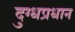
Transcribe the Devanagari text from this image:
दुग्धप्रधान